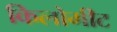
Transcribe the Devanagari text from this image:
किलोमीट